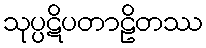
သုပ္ပဋိပတာဠိတဿ